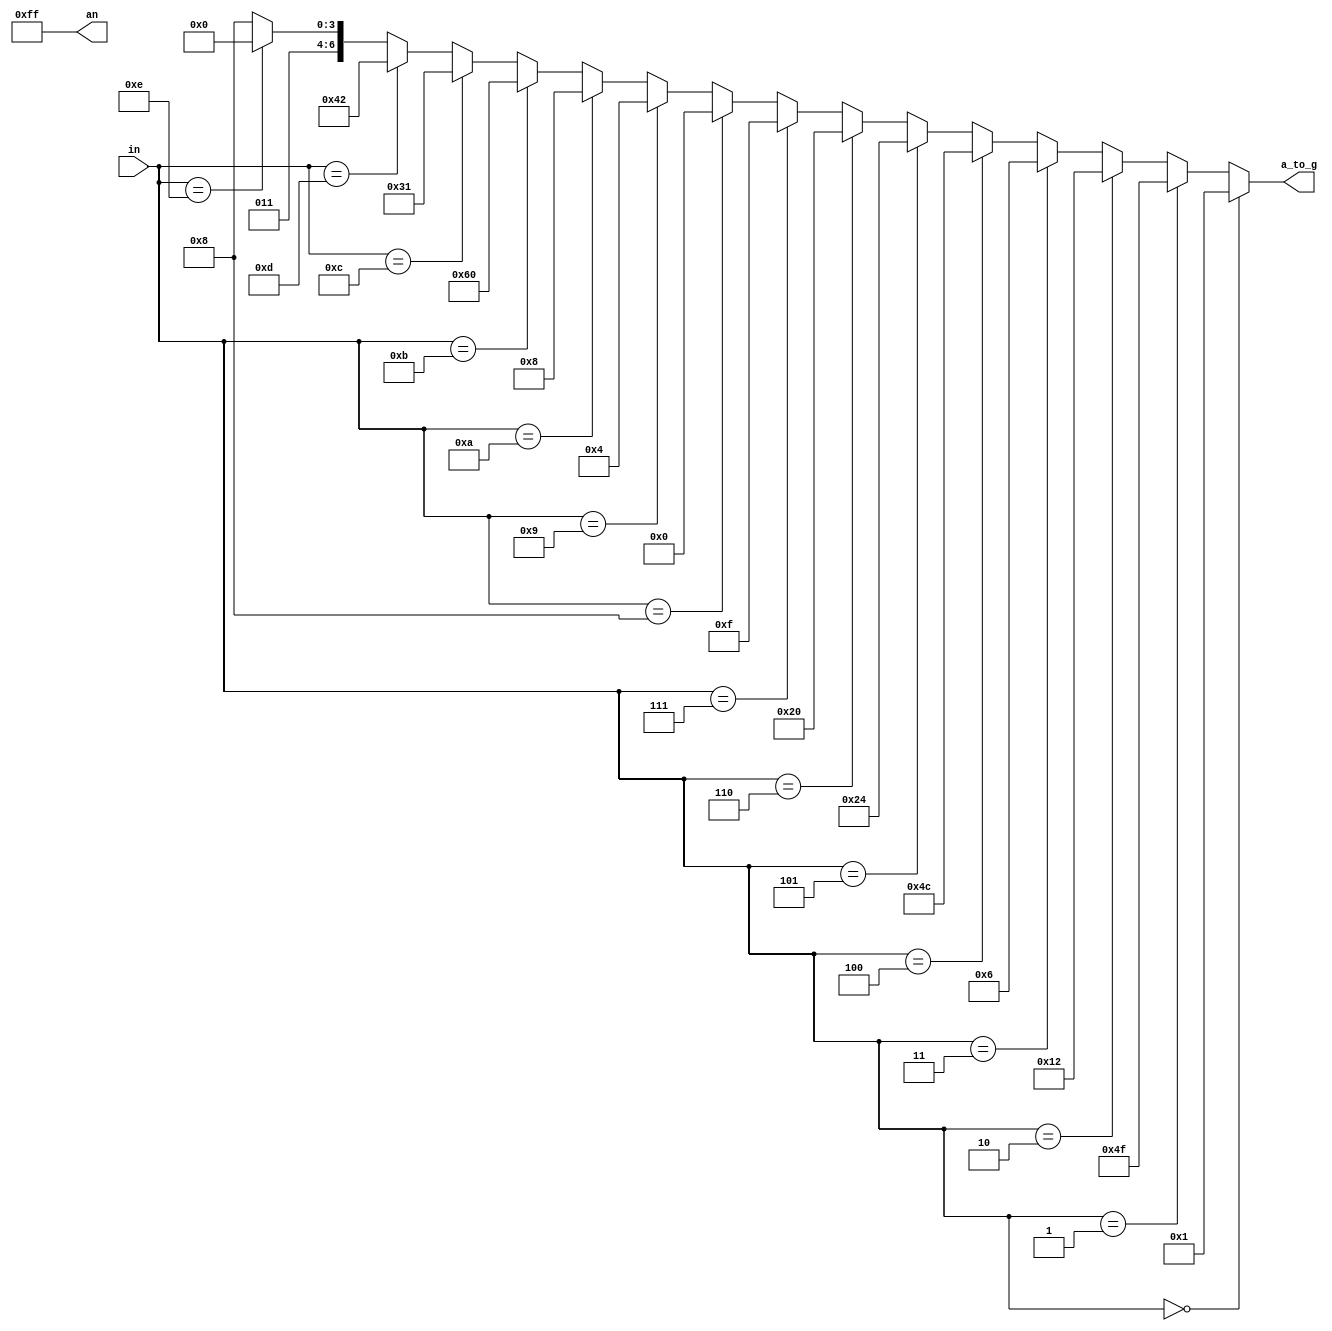
`timescale 1ns / 1ps
//////////////////////////////////////////////////////////////////////////////////
// Company: 
// Engineer: 
// 
// Design Name: 
// Module Name:    sieteSegmentos 
// Project Name: 
// Target Devices: 
// Tool versions: 
// Description: 
//
// Dependencies: 
//
// Revision: 
// Revision 0.01 - File Created
// Additional Comments: 
//
//////////////////////////////////////////////////////////////////////////////////
module sieteSegmentos(
    input [3:0] in,
    output [7:0] an,
	 output [6:0] a_to_g
   
    );
	 //Tabla para realizar la decodificacion de hex a 7-seg.
assign a_to_g= (in==0)? 	7'b000_0001:
               (in==1)? 	7'b100_1111:
               (in==2)? 	7'b001_0010:
               (in==3)? 	7'b000_0110:
               (in==4)? 	7'b100_1100:
               (in==5)? 	7'b010_0100:
               (in==6)? 	7'b010_0000:
               (in==7)? 	7'b000_1111:
               (in==8)? 	7'b000_0000:
               (in==9)? 	7'b000_0100:
               (in=='hA)?	7'b000_1000:
               (in=='hB)?	7'b110_0000:
               (in=='hC)?	7'b011_0001:
               (in=='hD)?	7'b100_0010:
               (in=='hE)?	7'b011_0000:
									7'b011_1000;
assign an= 8'b1111_1111;  //se encenderan todos los display.
endmodule